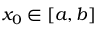
x _ { 0 } \in [ a , b ]